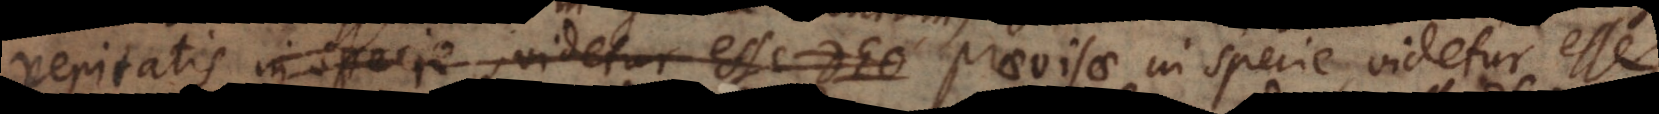
veritatis in specie, videtur esse Deo praevisae in specie, videtur ess